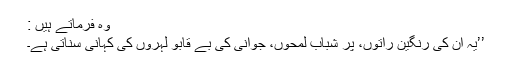
وہ فرماتے ہیں :
’’یہ ان کی رنگین راتوں، پر شباب لمحوں، جوانی کی بے قابو لہروں کی کہانی سناتی ہے۔